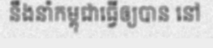
នឹងនាំកម្ពុជាធ្វើឲ្យបាន នៅ